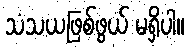
သံသယဖြစ်ဖွယ် မရှိပါ။